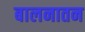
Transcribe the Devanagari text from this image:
बालनातन